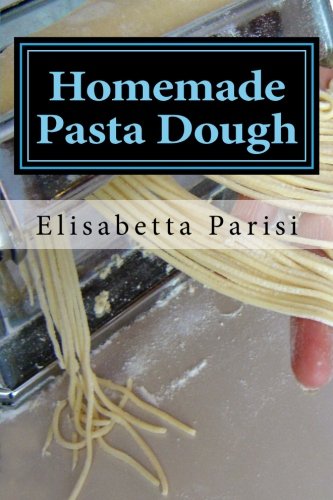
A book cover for Homemade Pasta Dough: How to make pasta dough for the best pasta dough recipe including pasta dough for ravioli and other fresh pasta dough recipe ideas; Elisabetta Parisi; Cookbooks, Food & Wine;